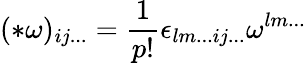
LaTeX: (*\omega)_{ij...}=\frac{1}{p!}\epsilon_{lm...ij...}\omega^{lm...}